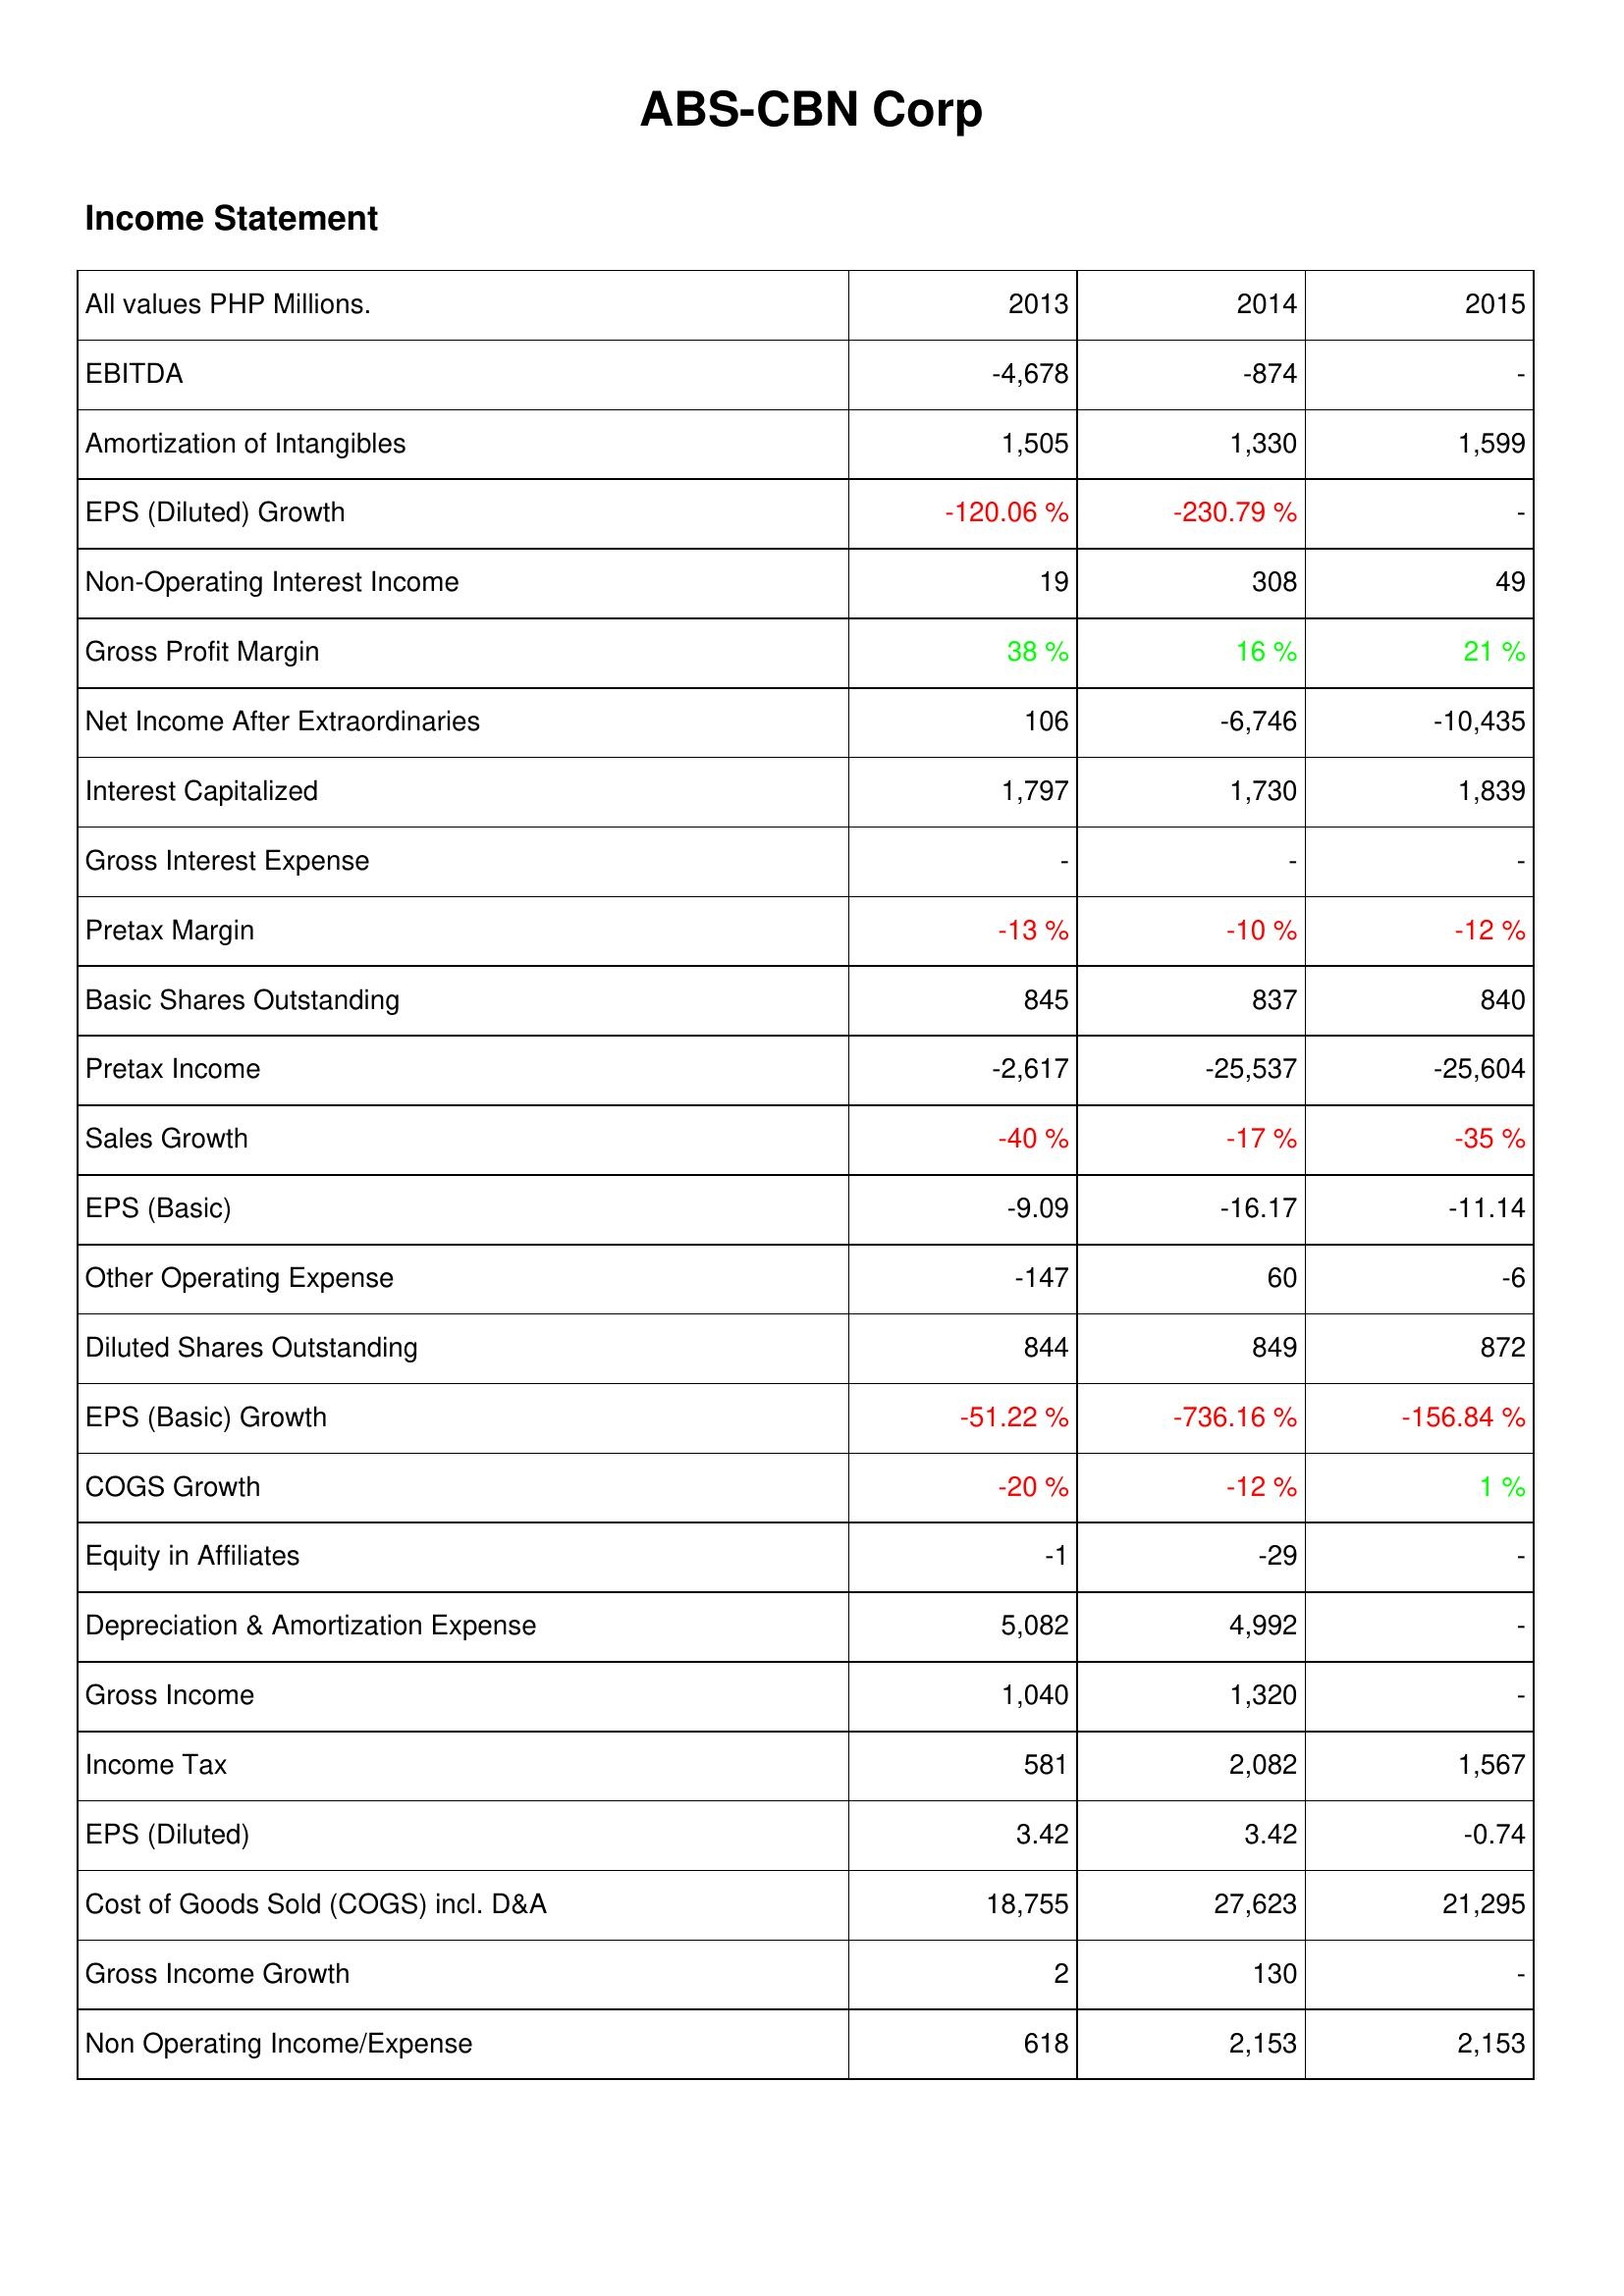
2013: Income Statement: EBITDA: -4,678
Amortization of Intangibles: 1,505
EPS (Diluted) Growth: -120.06 %
Non-Operating Interest Income: 19
Gross Profit Margin: 38 %
Net Income After Extraordinaries: 106
Interest Capitalized: 1,797
Gross Interest Expense: -
Pretax Margin: -13 %
Basic Shares Outstanding: 845
Pretax Income: -2,617
Sales Growth: -40 %
EPS (Basic): -9.09
Other Operating Expense: -147
Diluted Shares Outstanding: 844
EPS (Basic) Growth: -51.22 %
COGS Growth: -20 %
Equity in Affiliates: -1
Depreciation & Amortization Expense: 5,082
Gross Income: 1,040
Income Tax: 581
EPS (Diluted): 3.42
Cost of Goods Sold (COGS) incl. D&A: 18,755
Gross Income Growth: 2
Non Operating Income/Expense: 618
2014: Income Statement: EBITDA: -874
Amortization of Intangibles: 1,330
EPS (Diluted) Growth: -230.79 %
Non-Operating Interest Income: 308
Gross Profit Margin: 16 %
Net Income After Extraordinaries: -6,746
Interest Capitalized: 1,730
Gross Interest Expense: -
Pretax Margin: -10 %
Basic Shares Outstanding: 837
Pretax Income: -25,537
Sales Growth: -17 %
EPS (Basic): -16.17
Other Operating Expense: 60
Diluted Shares Outstanding: 849
EPS (Basic) Growth: -736.16 %
COGS Growth: -12 %
Equity in Affiliates: -29
Depreciation & Amortization Expense: 4,992
Gross Income: 1,320
Income Tax: 2,082
EPS (Diluted): 3.42
Cost of Goods Sold (COGS) incl. D&A: 27,623
Gross Income Growth: 130
Non Operating Income/Expense: 2,153
2015: Income Statement: EBITDA: -
Amortization of Intangibles: 1,599
EPS (Diluted) Growth: -
Non-Operating Interest Income: 49
Gross Profit Margin: 21 %
Net Income After Extraordinaries: -10,435
Interest Capitalized: 1,839
Gross Interest Expense: -
Pretax Margin: -12 %
Basic Shares Outstanding: 840
Pretax Income: -25,604
Sales Growth: -35 %
EPS (Basic): -11.14
Other Operating Expense: -6
Diluted Shares Outstanding: 872
EPS (Basic) Growth: -156.84 %
COGS Growth: 1 %
Equity in Affiliates: -
Depreciation & Amortization Expense: -
Gross Income: -
Income Tax: 1,567
EPS (Diluted): -0.74
Cost of Goods Sold (COGS) incl. D&A: 21,295
Gross Income Growth: -
Non Operating Income/Expense: 2,153